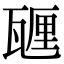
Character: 甅